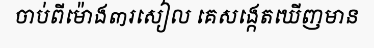
ចាប់ពីម៉ោង៣រសៀល គេសង្កេតឃើញមាន